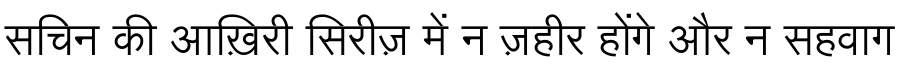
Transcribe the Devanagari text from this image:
सचिन की आख़िरी सिरीज़ में न ज़हीर होंगे और न सहवाग